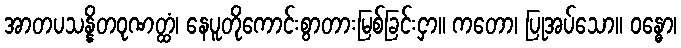
အာတပသန္နိတဝုဏတ္ထံ၊ နေပူတိုကောင်းစွာတားမြစ်ခြင်းငှာ။ ကတော၊ ပြုအပ်သော။ ဝန္ဓော၊